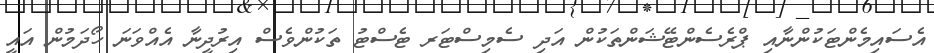
އެސައިމެންޓަކުންނާއި ޕްރެސެންޓޭޝަންތަކުން އަދި ސެމިސްޓަރ ޓެސްޓު ތަކުންވެސް އިރުދީނާ އެއްވަނަ ހޯދަމުން އައީ